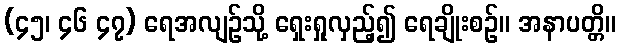
(၄၅၊ ၄၆ ၄၇) ရေအလျဉ်သို့ ရှေးရှုလှည့်၍ ရေချိုးစဉ်။ အနာပတ္တိ။